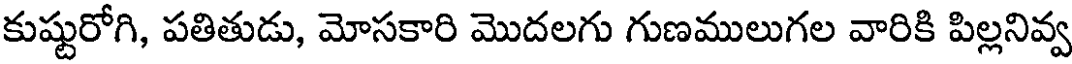
కుష్టురోగి, పతితుడు, మోసకారి మొదలగు గుణములుగల వారికి పిల్లనివ్వ